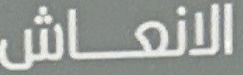
الانعاش